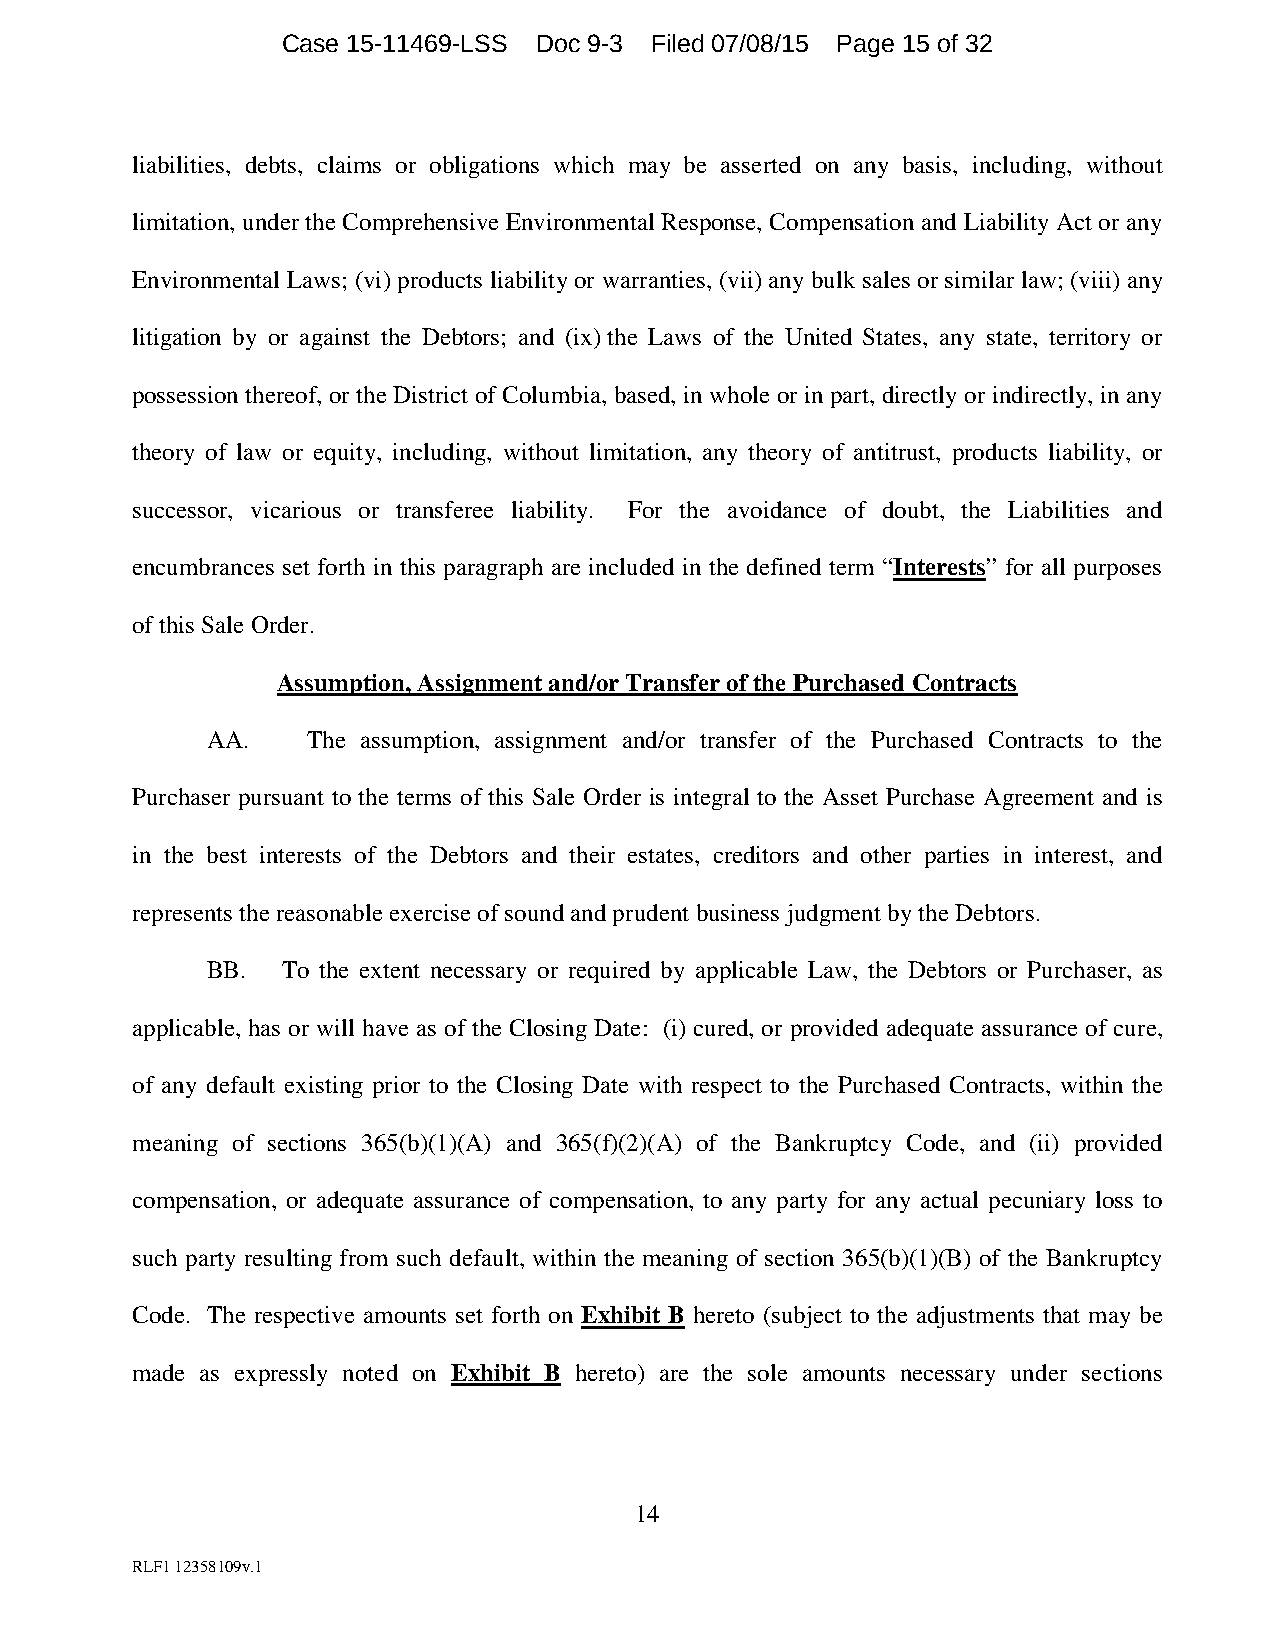
Case 15-11469-LSS Doc 9-3 Filed 07/08/15 Page 15 of 32
 liabilities, debts, claims or obligations which may be asserted on any basis, including, without
 limitation, under the Comprehensive Environmental Response, Compensation and Liability Act or any
 Environmental Laws; (vi) products liability or warranties, (vii) any bulk sales or similar law; (viii) any
 litigation by or against the Debtors; and (ix) the Laws of the United States, any state, territory or
 possession thereof, or the District of Columbia, based, in whole or in part, directly or indirectly, in any
 theory of law or equity, including, without limitation, any theory of antitrust, products liability, or
 successor, vicarious or transferee liability. For the avoidance of doubt, the Liabilities and
 encumbrances set forth in this paragraph are included in the defined term “Interests” for all purposes
 of this Sale Order.
 Assumption, Assignment and/or Transfer of the Purchased Contracts
 AA.   The assumption, assignment and/or transfer of the Purchased Contracts to the
 Purchaser pursuant to the terms of this Sale Order is integral to the Asset Purchase Agreement and is
 in the best interests of the Debtors and their estates, creditors and other parties in interest, and
 represents the reasonable exercise of sound and prudent business judgment by the Debtors.
 BB.  To the extent necessary or required by applicable Law, the Debtors or Purchaser, as
 applicable, has or will have as of the Closing Date: (i) cured, or provided adequate assurance of cure,
 of any default existing prior to the Closing Date with respect to the Purchased Contracts, within the
 meaning of sections 365(b)(1)(A) and 365(f)(2)(A) of the Bankruptcy Code, and (ii) provided
 compensation, or adequate assurance of compensation, to any party for any actual pecuniary loss to
 such party resulting from such default, within the meaning of section 365(b)(1)(B) of the Bankruptcy
 Code. The respective amounts set forth on Exhibit B hereto (subject to the adjustments that may be
 made as expressly noted on Exhibit B hereto) are the sole amounts necessary under sections
 14
 RLF1 12358109v.1